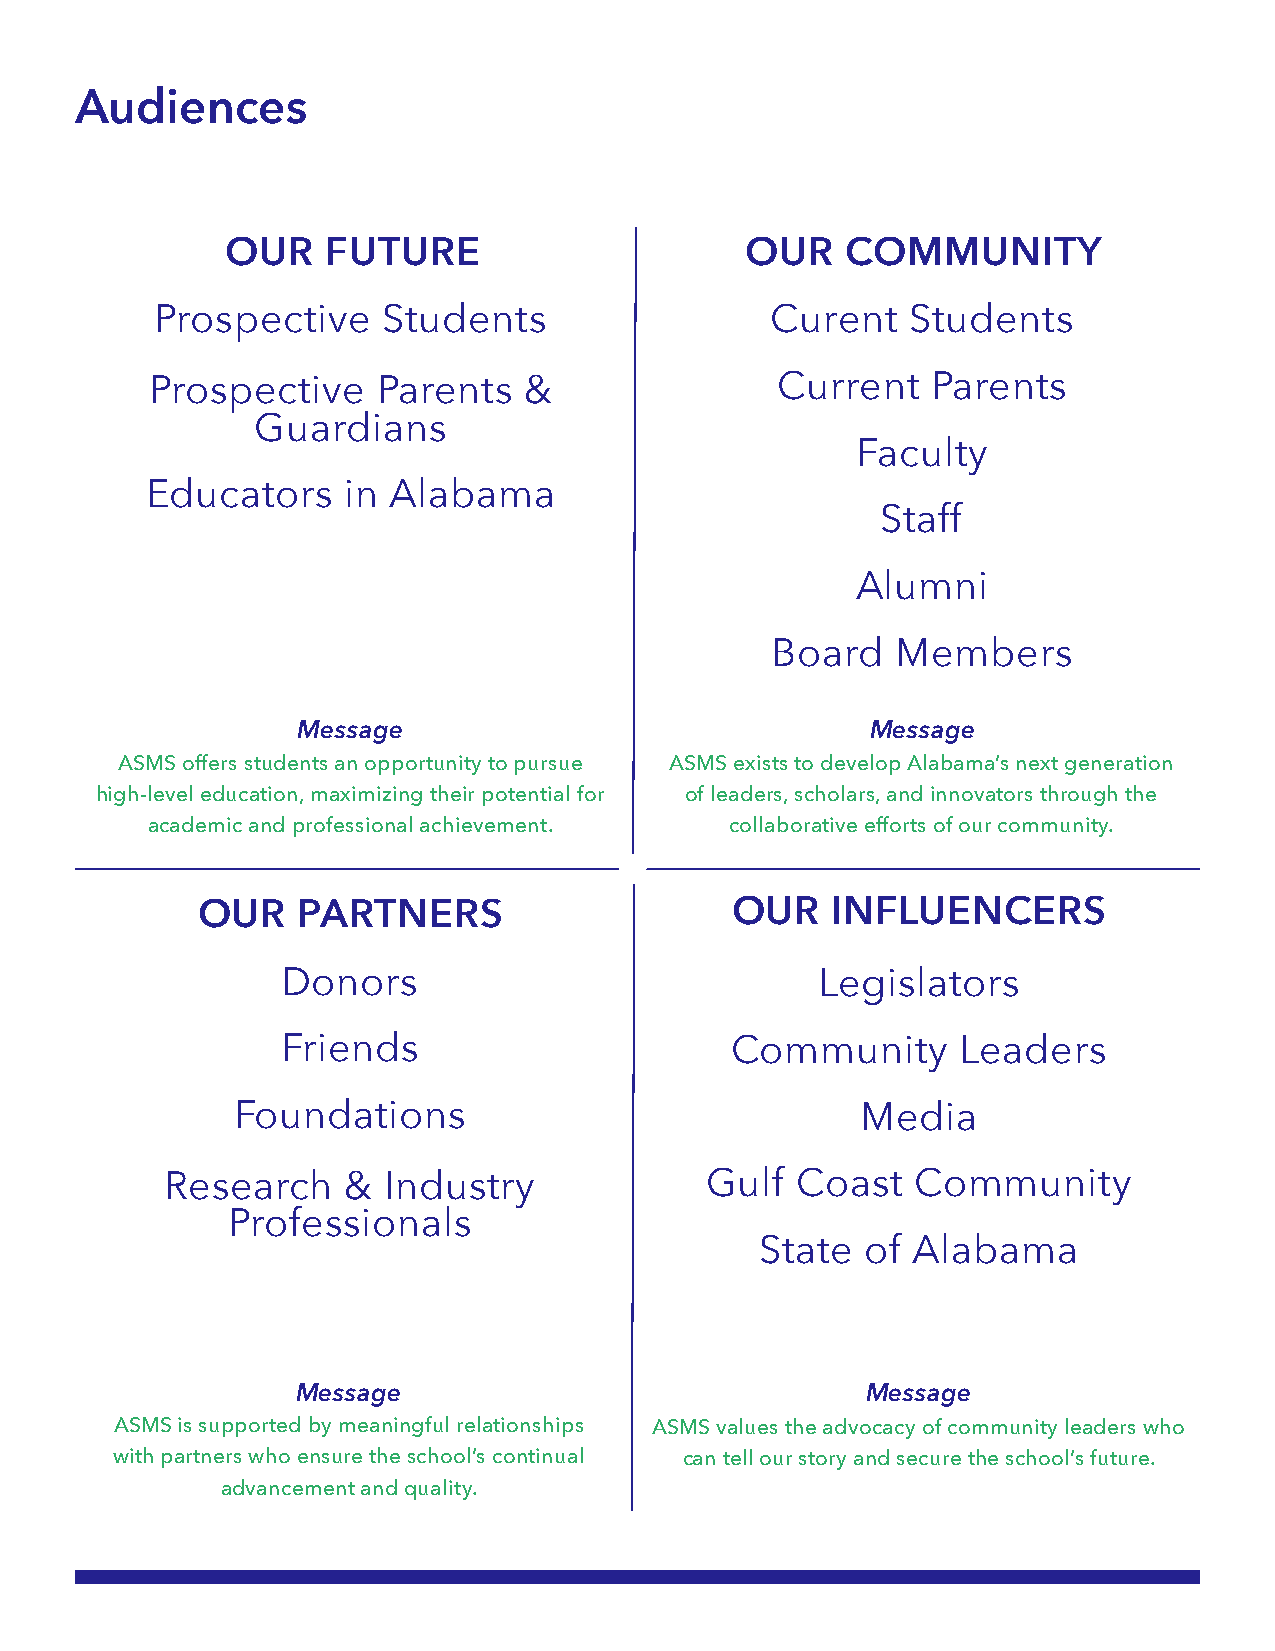
Audiences
 OUR    FUTURE                     OUR    COMMUNITY
 Prospective    Students                  Curent   Students
 Prospective    Parents   &               Current    Parents
 Guardians
 Faculty
 Educators    in Alabama
 Staff
 Alumni
 Board   Members
 Message                               Message
 ASMS offers students an opportunity to pursue ASMS exists to develop Alabama’s next generation
 high-level education, maximizing their potential for of leaders, scholars, and innovators through the
 academic and professional achievement. collaborative efforts of our community.
 OUR    PARTNERS                    OUR    INFLUENCERS
 Donors                             Legislators
 Friends                      Community      Leaders
 Foundations                               Media
 Research    & Industry              Gulf  Coast   Community
 Professionals
 State  of Alabama
 Message                              Message
 ASMS is supported by meaningful relationships ASMS values the advocacy of community leaders who
 with partners who ensure the school’s continual can tell our story and secure the school’s future.
 advancement and quality.